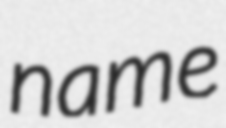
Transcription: name